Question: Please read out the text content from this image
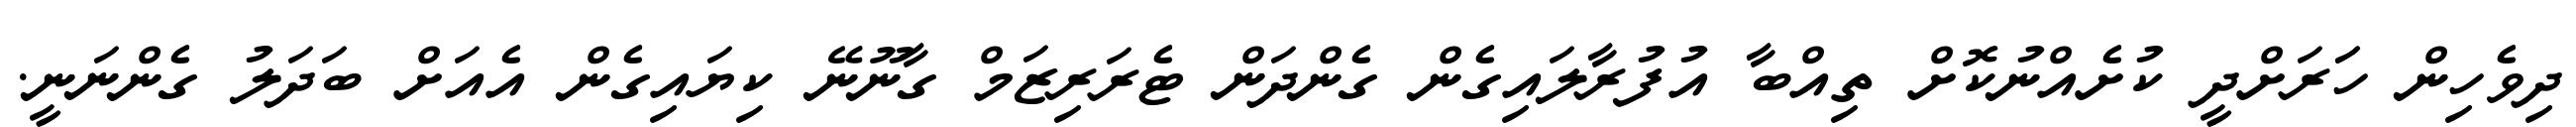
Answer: ދިވެހިން ހަަރަށްދީ ކުށެއްނުކޮށް ތިއްބާ އުފުރާލައިގެން ގެންދަން ޓެރަރިޒަމް ގާނޫނޭ ކިޔައިގެން އެއަށް ބަދަލު ގެންނަނީ.